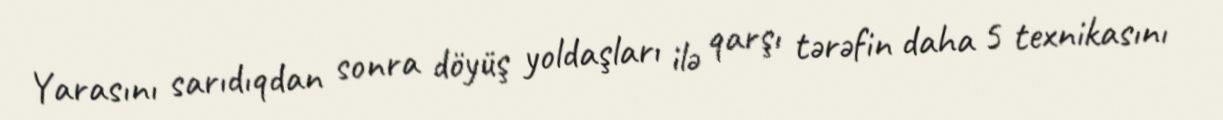
Yarasını sarıdıqdan sonra döyüş yoldaşları ilə qarşı tərəfin daha 5 texnikasını